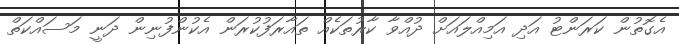
އެގޮތުން ކަރަންޓު އަދި އަމިއްލައަށް ދުއްވާ ކާރުތަކެއް ތައާރަފުކުރަން އެކުންފުނިން ދަނީ މަސައްކަތް